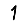
Digit: 1